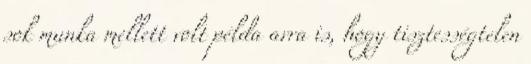
sok munka mellett volt példa arra is, hogy tisztességtelen